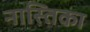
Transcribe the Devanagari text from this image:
नास्तिका